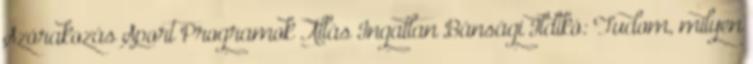
Szórakozás Sport Programok Állás Ingatlan Bánsági Ildikó: Tudom, milyen